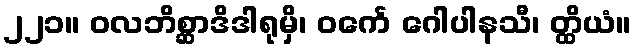
၂၂၁။ ဝလဘိစ္ဆာဒိဒါရုမှိ၊ ဝင်္ကေ ဂေါပါနသီ၊ တ္ထိယံ။